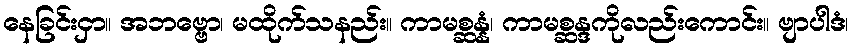
နေခြင်းငှာ။ အဘဗ္ဗော၊ မထိုက်သနည်း။ ကာမစ္ဆန္နံ၊ ကာမစ္ဆန္ဒကိုလည်းကောင်း။ ဗျာပါဒံ၊